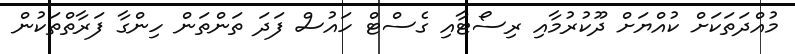
މުއްދަތަކަށް ކުއްޔަށް ދޫކުރުމާއި ރިސޯޓާއި ގެސްޓް ހައުސް ފަދަ ތަންތަން ހިންގާ ފަރާތްތަކުން